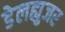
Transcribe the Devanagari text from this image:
डेलह्युजर